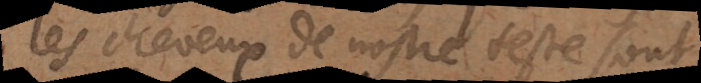
les cheveux de nostre teste sont